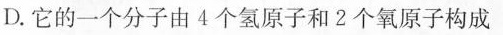
D.它的一个分子由4个氢原子和2个氧原子构成